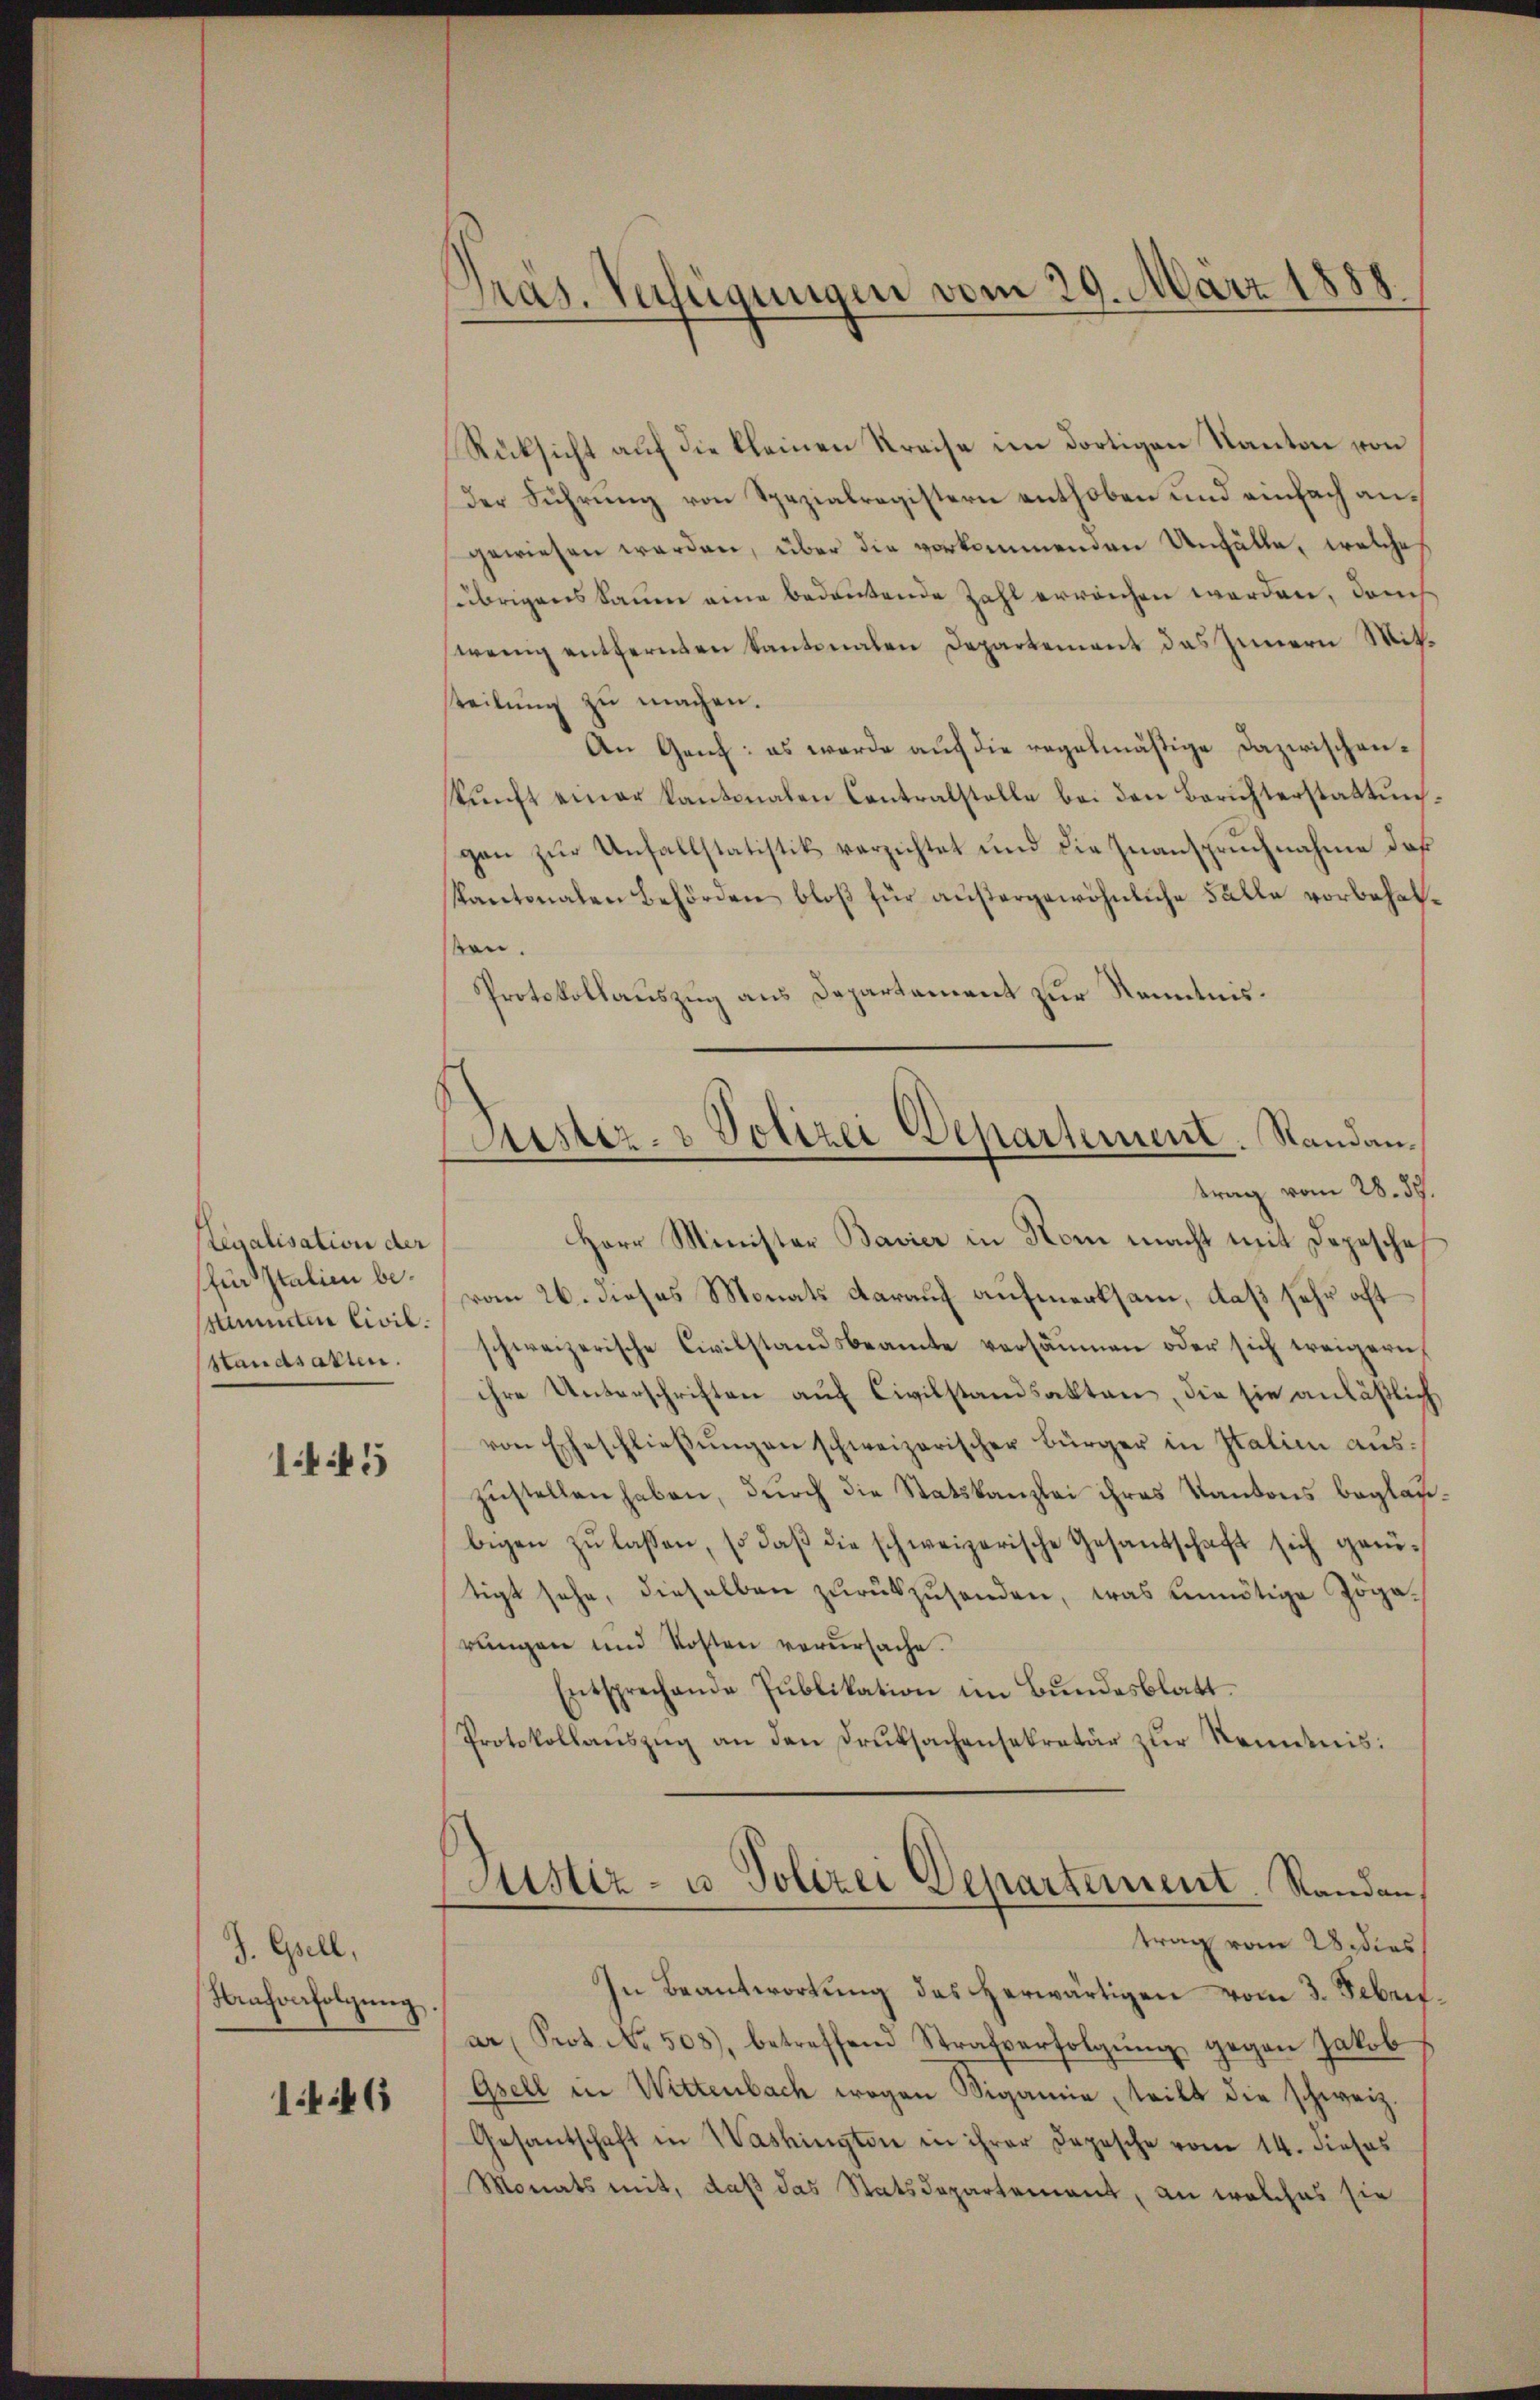
enalisation der
für Italien bestimmten Civil.
standsatten.

1445

J. Excell.
Nrafverfolgŭng

1446

Präs. Verfügungen vom 29. März 1889.

Rücksicht auf die kleinen Kreise im dortigen Kanton von
Der Führung von Spezialregistern enthoben und einfach angewiesen werden, über die vorkommenden Unfälle, welche
(übrigens kaum eine bedeutende Zahl erreichen werden, damit
wenig entfernten Kantonalen Departement das Innern Mitsteilŭng zu machen.
An Gant: es werde auf die regelmäßige Dazwischenkŭnft einer Kantonalen Contralstelle bei den Berichterstattŭng-
gen zur Unfallstatistik verzichtet und die Inanspruchnahme daß
Kantonalen Behörden bloß für außergewöhnliche Fälle vorbehalston.
Protokollauszug aus Departement zur Kenntnis¬
Herr Minister Bavier in Rom macht mit Depesche
vom 26. dieses Monats darauf aufmerksam, daß sehr oft
schweizerische Civilstandsbeamte versäumen oder sich weigern,
ihre Unterschriften auf Civilstandsakten, die sie anläßlich
von Eheschlieβŭngen schweizerischer Bürger in Italien auszustellen haben, durch die Statskanzlei ihres Kantons beglaubigen zŭ lassen, so daβ die schweizerische Gesandschaft sich genitigt sehe, dieselben zurückzusenden, was benötige Zögerungen und Kosten verursache.
Entsprechende Publikation im Bundesblatt.
Protokollauszug an den Druksachensekretär zur Kenntnis:
Justiz- u. Polizei Departement. Randan
trag vom 28 dies
In Beantwortung des herwärtigen vom 3. Febr.
ar (Prot. No. 503), betreffend Strafverfolgŭng gegen Jakob
Gsell in Wittenbach wegen Vigane, teilt die schweiz.
Gesandschaft in Washington in ihrer Depesche vom 14. dieses
Monats mit, daß das Statsdepartement, an welches sie

Astiz- & Polizei Departement. Standantrag vom 28. 37.